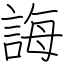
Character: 誨